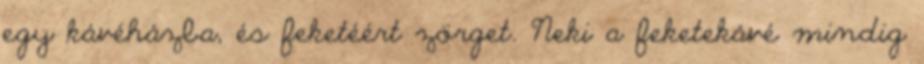
egy kávéházba, és feketéért zörget. Neki a feketekávé mindig